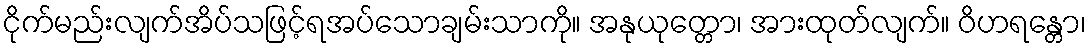
ငိုက်မည်းလျက်အိပ်သဖြင့်ရအပ်သောချမ်းသာကို။ အနုယုတ္တော၊ အားထုတ်လျက်။ ဝိဟရန္တော၊